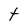
Character: t